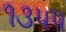
૧૩૫૫